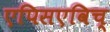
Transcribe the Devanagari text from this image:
एपिसएविच्